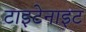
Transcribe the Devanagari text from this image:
टाइटेनाइट